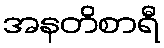
အနတိစာရီ